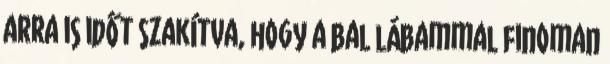
arra is időt szakítva, hogy a bal lábammal finoman